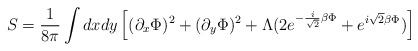
\begin{align*}S={1\over 8\pi} \int dx dy\left[(\partial_x\Phi)^2+(\partial_y\Phi)^2+\Lambda(2e^{-{i\over \sqrt{2}}\beta\Phi}+e^{i\sqrt{2}\beta\Phi})\right] \end{align*}